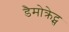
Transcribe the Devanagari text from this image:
डैमोक्रेट्स